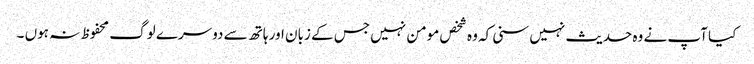
کیا آپ نے وہ حدیث نہیں سنی کہ وہ شخص مومن نہیں جس کے زبان اور ہاتھ سے دوسرے لوگ محفوظ نہ ہوں ۔